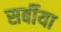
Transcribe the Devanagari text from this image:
सर्बीया